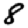
Digit: 8